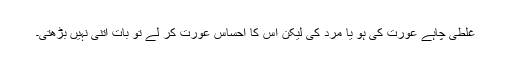
غلطی چاہے عورت کی ہو یا مرد کی لیکن اس کا احساس عورت کر لے تو بات اتنی نہیں بڑھتی۔